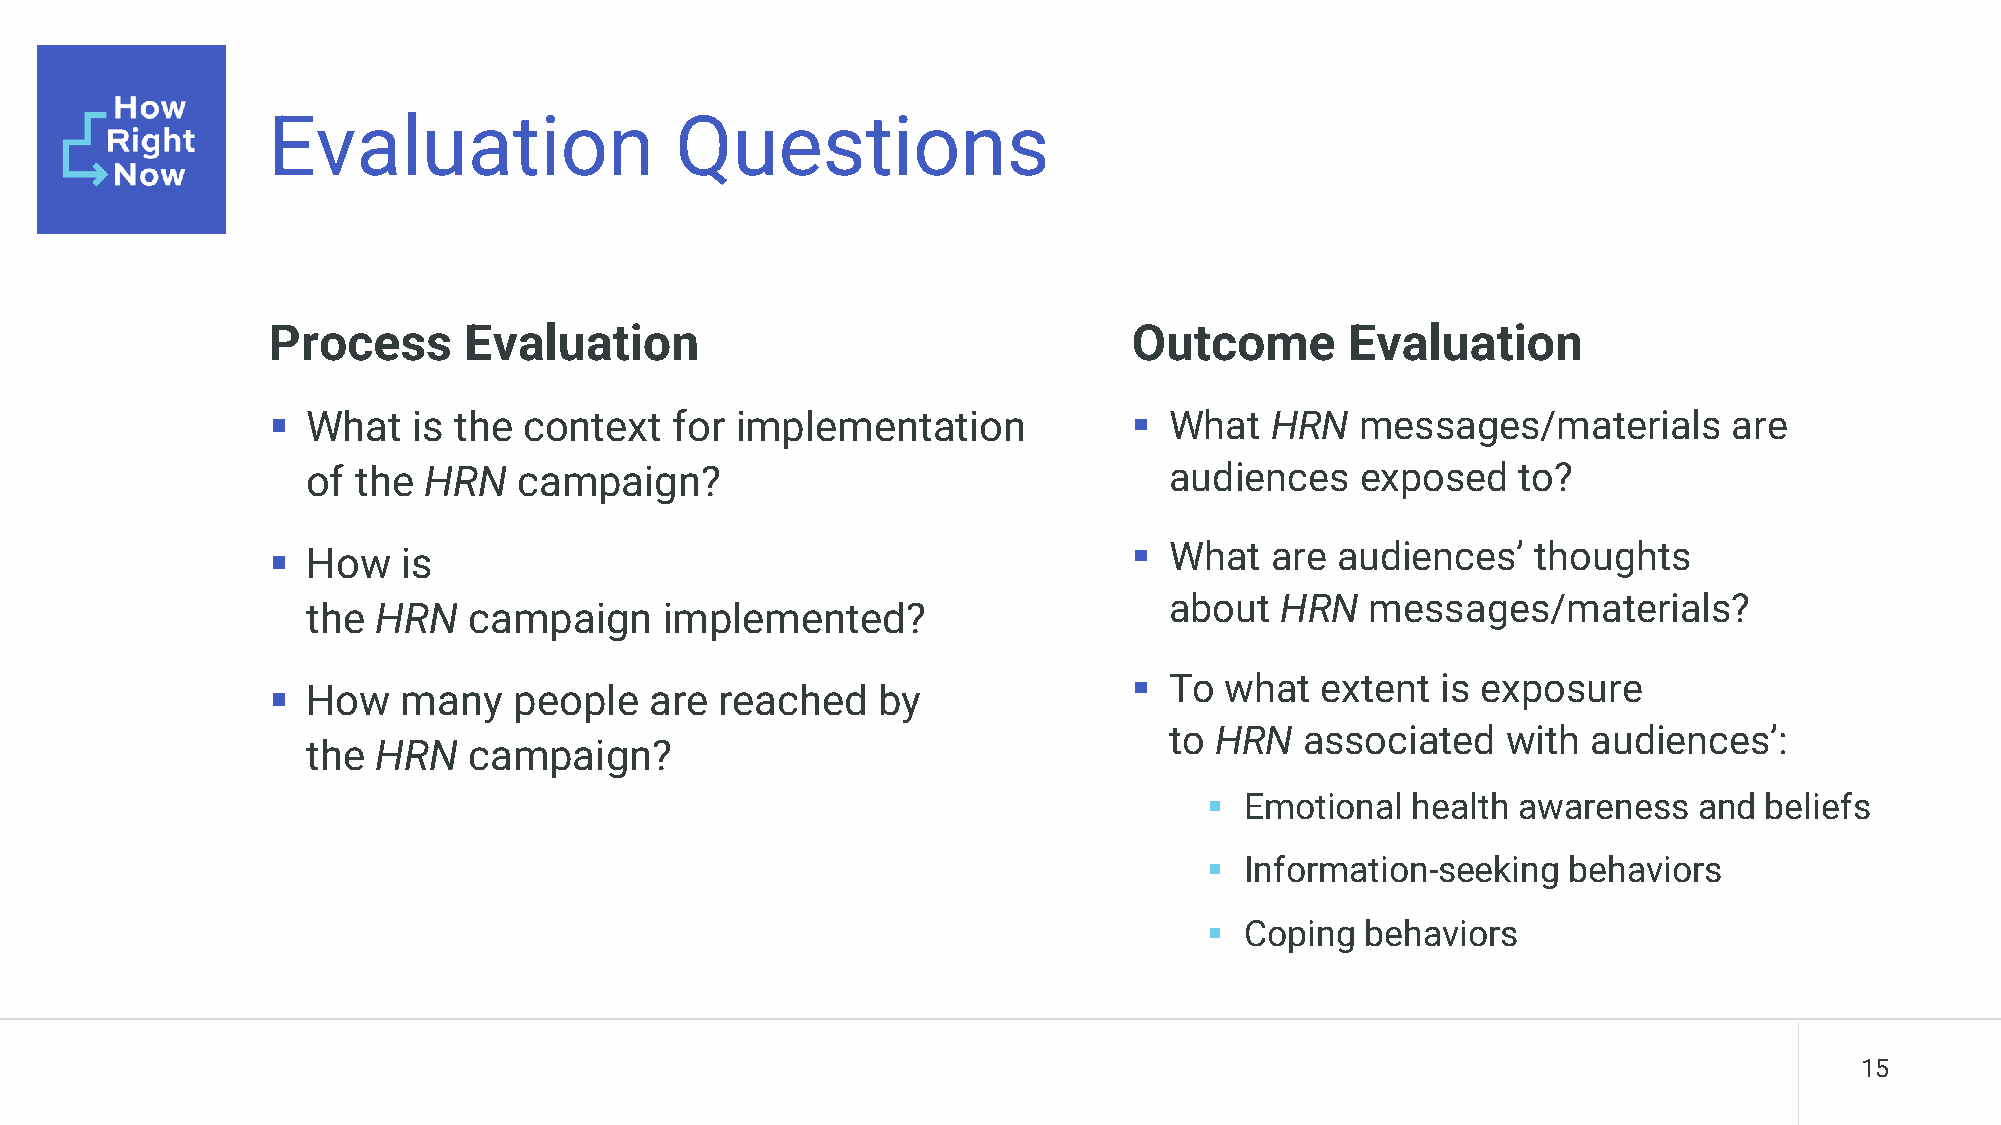
Evaluation                 Questions
 Process      Evaluation                                  Outcome       Evaluation
 ▪ What   is the  context   for implementation            ▪ What   HRN   messages/materials       are
 of the  HRN   campaign?                                  audiences    exposed    to?
 ▪ How    is                                              ▪ What   are audiences’    thoughts
 about   HRN   messages/materials?
 the  HRN   campaign     implemented?
 ▪ To  what  extent  is exposure
 ▪ How    many   people   are  reached   by
 to HRN   associated    with audiences’:
 the  HRN   campaign?
 ▪ Emotional  health awareness   and  beliefs
 ▪ Information-seeking   behaviors
 ▪ Coping  behaviors
 15